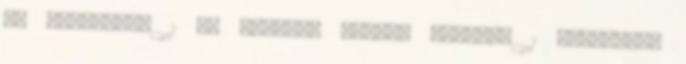
Az aluhegesz 1 T. ÁGOSTON LÁSZLÓ Éjszaka 1 T.Ágoston